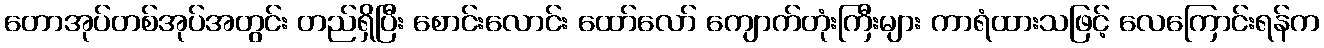
တောအုပ်တစ်အုပ်အတွင်း တည်ရှိပြီး စောင်းလောင်း ထော်လော် ကျောက်တုံးကြီးများ ကာရံထားသဖြင့် လေကြောင်းရန်က